Trukikaitis_Postimees, lk 4
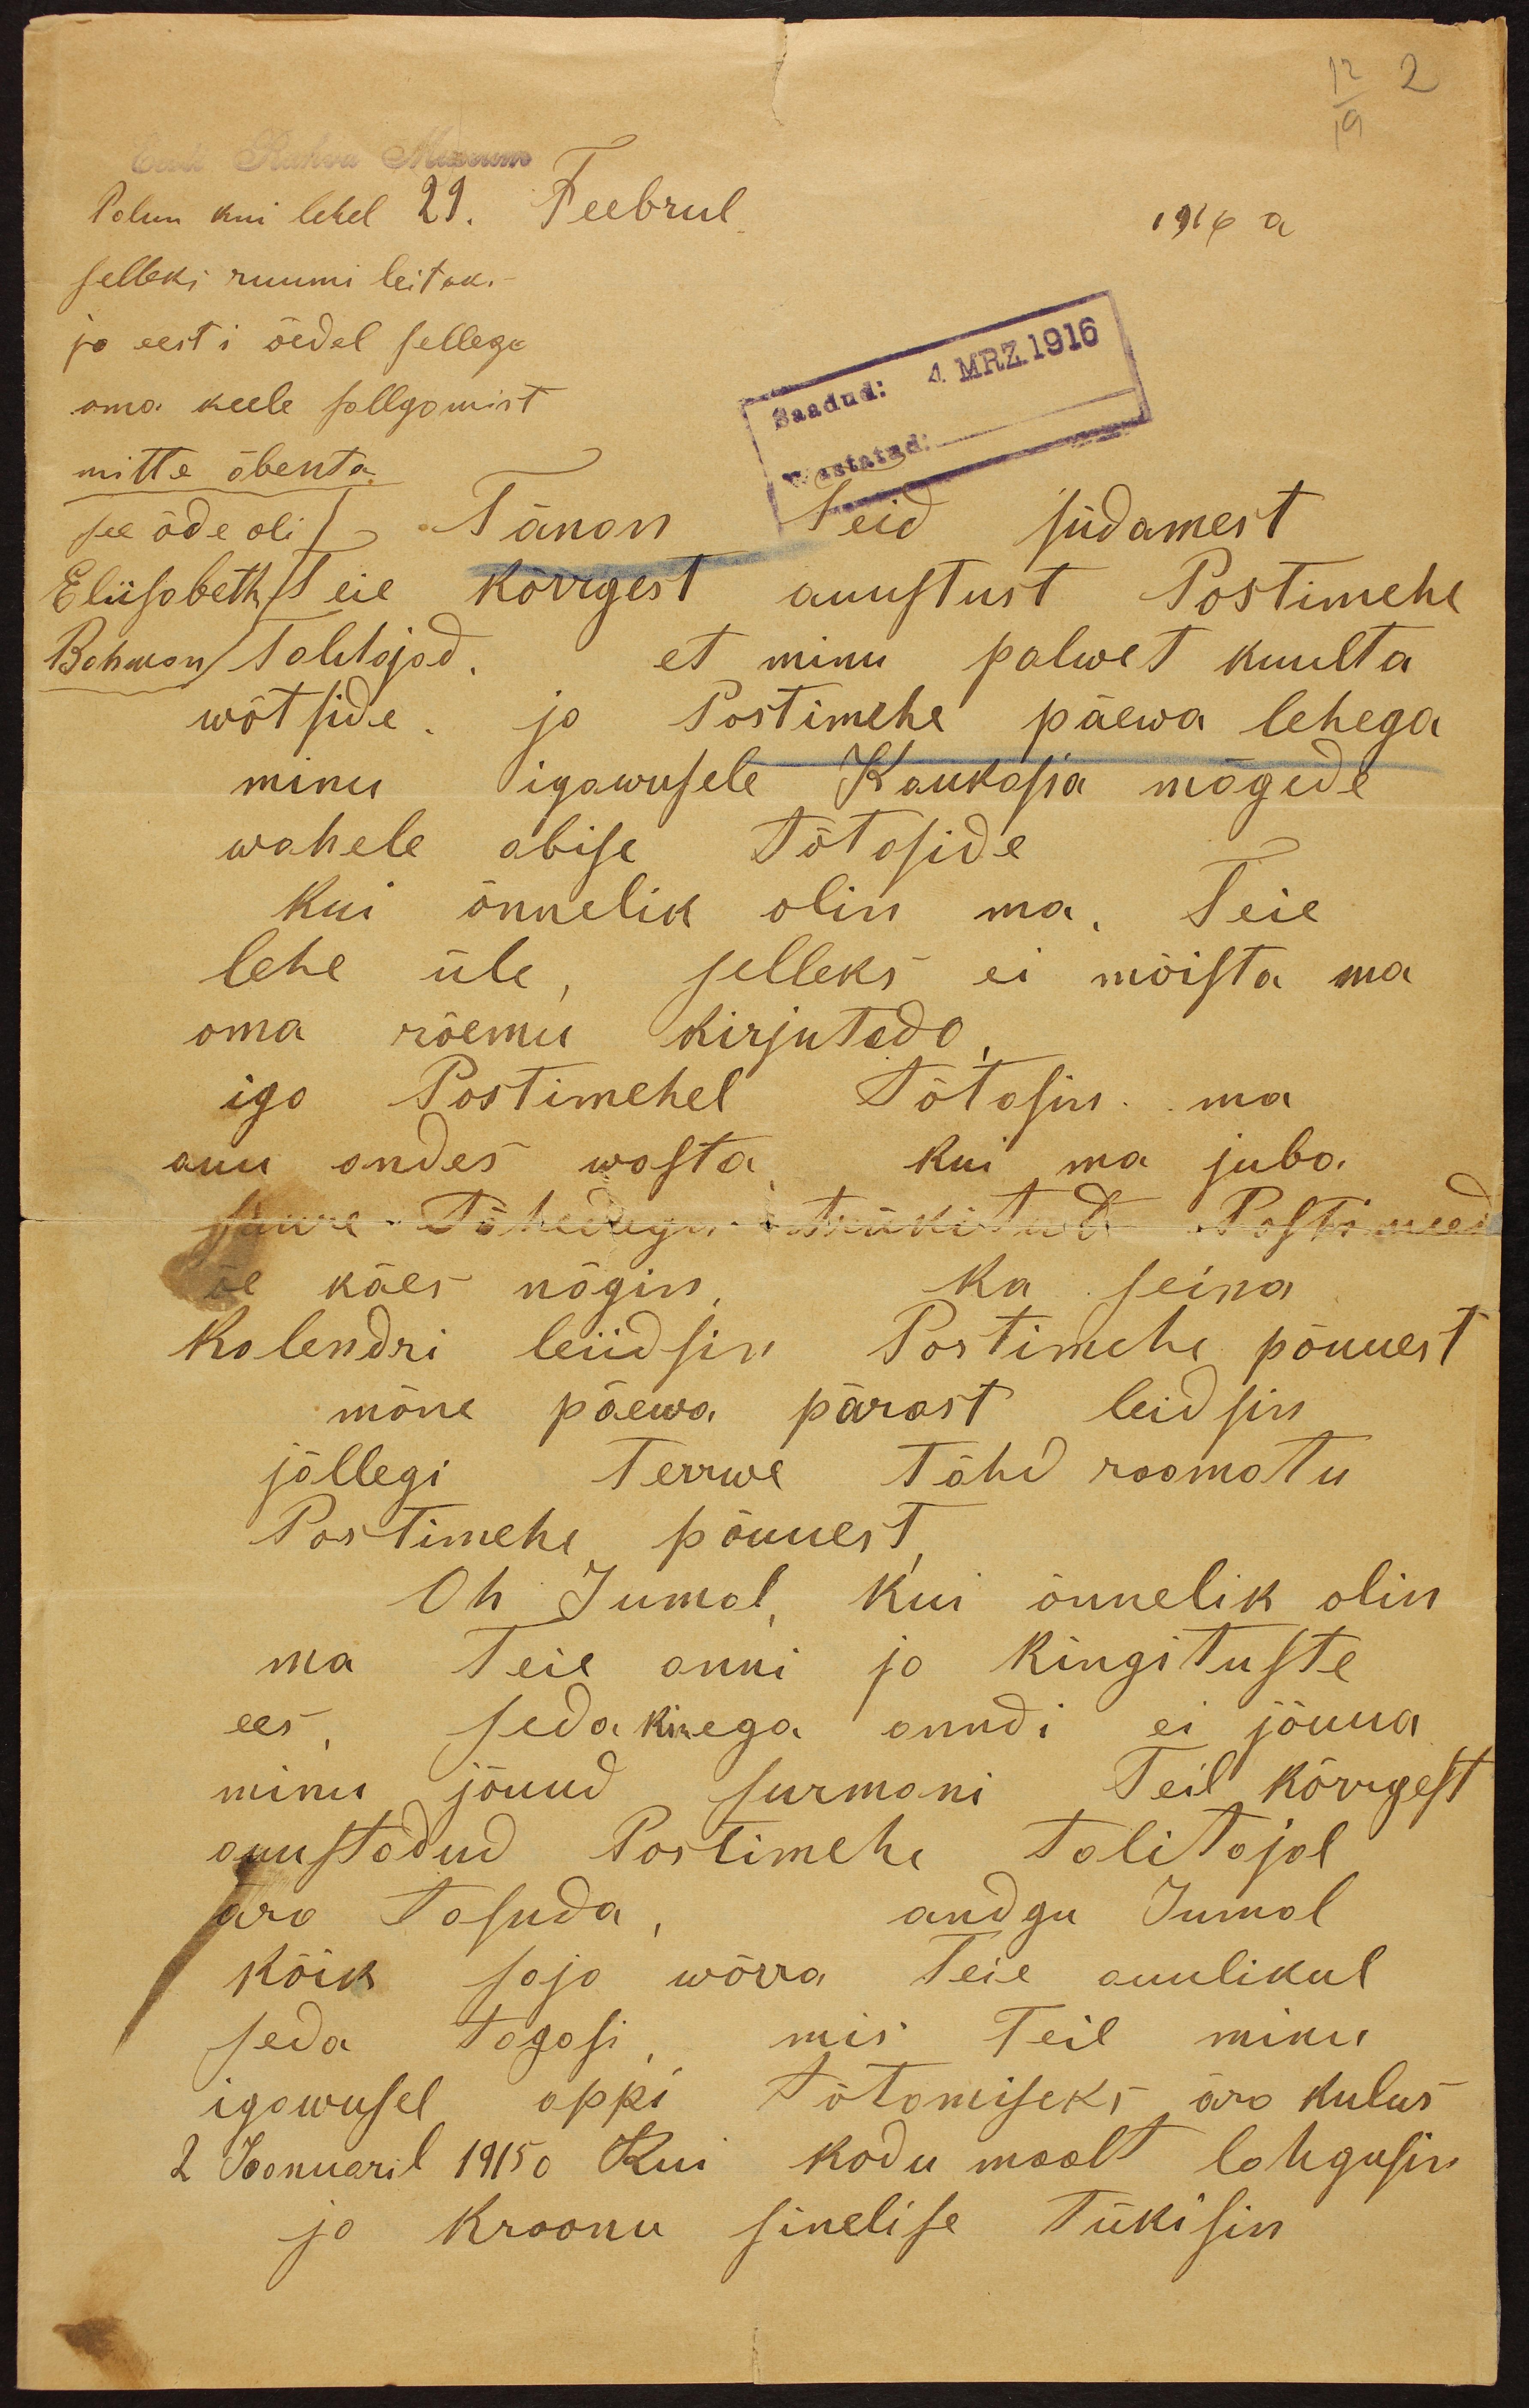
12 2
19
Palun kui lehel 29. Feebrul.
Eesti Rahva Muuseum
1916 a
selleks ruumi leitaks.
ja eesti õedel sellega
oma keele sollgamist
Saadud: 4.MRZ.1916
mitte äbenta
Wastatud:
see õde oli
Tänan Teid südamest
Eliisabeth
Teie kõrrgest auustust Postimehe
Bohmon
talitajad. et minu palwet kuulta
wõtside. ja Postimehe päewa lehega
minu igawusele Kaukasia mägede
wahele abise tõtaside
kui õnnelid olin ma. Teie
lehe üle, selleks ei mõista ma
oma rõemu kirjutada
igo Postimehel tõtasin ma
auu andes wasta kui ma juba
suure Tähtedega trükitut Postimees
õe käes nägin. Ka seina
kalendri leiidsin Postimehe põuuest
mõne päewa pärast leidsin
jällegi terrwe Tähe roomatu
Postimehe põuuest
Oh Jumal kui õnnelik olin
ma Teie anni ja kingituste
ees. seda kikega auudi ei jõuua
minu jõuud surmani Teil kõrgest
auustatud Postimehe talitajal
ära tasuda, andgu Jumal
kõik saja wõrra Teie auulikul
igawusel appi tõtamiseks ära kulus
seda tagasi, mis Teil minu
2 Jaanuaril 1915 a Kui kodu maalt lahgusin
ja Kroonu sinelise tükisin